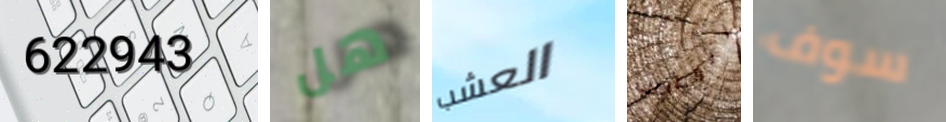
622943 هل العشب المصاعب سوف